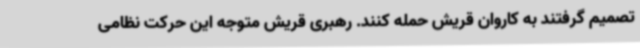
تصمیم گرفتند به کاروان قریش حمله کنند. رهبری قریش متوجه این حرکت نظامی